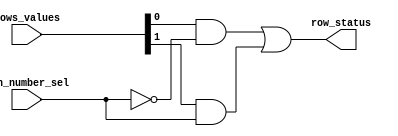
/* Multiplexes the first 2 values 
	for the LED array rows */

module driver_mux_2x1
(
    input wire [1:0] rows_values,    
    input wire 		bin_number_sel,  
    output wire 		row_status
);
	 wire inv_bin_number_sel;
	 wire [1:0] aux;

    not inv0(inv_bin_number_sel, bin_number_sel);
	 
    and and0(aux[0], rows_values[0], inv_bin_number_sel);
    and and1(aux[1], rows_values[1], bin_number_sel);
	 
    or  row_value(row_status, aux[0], aux[1]);
	 
endmodule